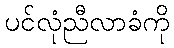
ပင်လုံညီလာခံကို